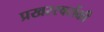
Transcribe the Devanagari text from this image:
प्रखरस्वरोंकी